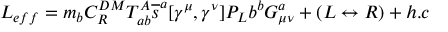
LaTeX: L _ { e f f } = m _ { b } C _ { R } ^ { D M } T _ { a b } ^ { A } \overline { { { s } } } ^ { a } [ \gamma ^ { \mu } , \gamma ^ { \nu } ] P _ { L } b ^ { b } G _ { \mu \nu } ^ { a } + ( L \leftrightarrow R ) + h . c